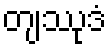
တျဿုဒံ